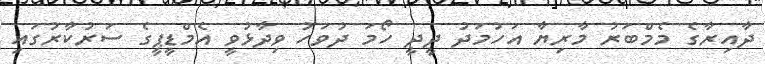
ދާއިރާގެ މެމްބަރު މާރިޔާ އަހުމަދު ދީދީ ހޯމަ ދުވަހު ވިދާޅުވީ އެމްޑީޕީގެ ސަރުކާރުގައި